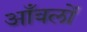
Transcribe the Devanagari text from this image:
आँवलों